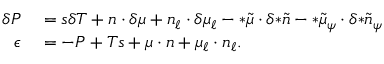
\begin{array} { r l } { \delta P } & { { } = s \delta T + n \cdot \delta \mu + n _ { \ell } \cdot \delta \mu _ { \ell } - { * \tilde { \mu } } \cdot \delta { * \tilde { n } } - { * \tilde { \mu } _ { \psi } } \cdot \delta { * \tilde { n } _ { \psi } } } \\ { \epsilon } & { { } = - P + T s + \mu \cdot n + \mu _ { \ell } \cdot n _ { \ell } . } \end{array}